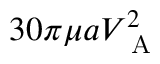
3 0 \pi \mu a V _ { \mathrm { ~ A ~ } } ^ { 2 }